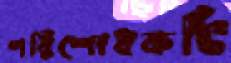
পরিশোধকটি